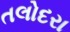
તલોદરા